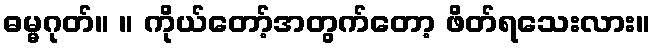
ဓမ္မဂုတ်။ ။ ကိုယ်တော့်အတွက်တော့ ဖိတ်ရသေးလား။